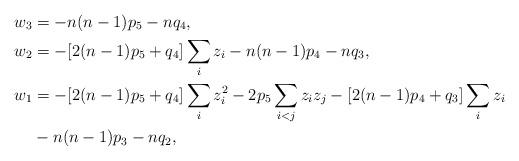
LaTeX: \begin{align*} w_3 &= -n(n-1)p_5 - nq_4, \\ w_2 &= - [2(n-1)p_5 + q_4] \sum_i z_i - n(n-1)p_4 - nq_3, \\ w_1 &= - [2(n-1)p_5 + q_4] \sum_i z_i^2 - 2p_5 \sum_{i<j} z_iz_j - [2(n-1)p_4 + q_3] \sum_i z_i \\ &{} - n(n-1)p_3 - nq_2,\end{align*}